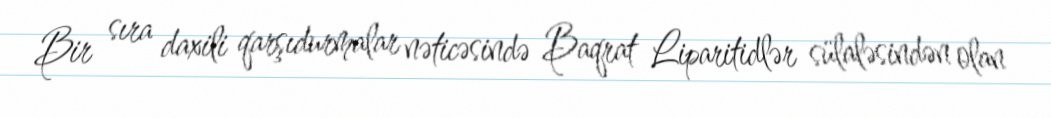
Bir sıra daxili qarşıdurmalar nəticəsində Baqrat Liparitidlər sülaləsindən olan